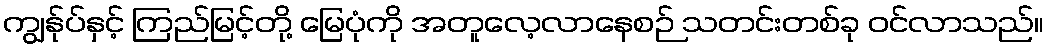
ကျွန်ုပ်နှင့် ကြည်မြင့်တို့ မြေပုံကို အတူလေ့လာနေစဉ် သတင်းတစ်ခု ဝင်လာသည်။